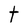
Character: t